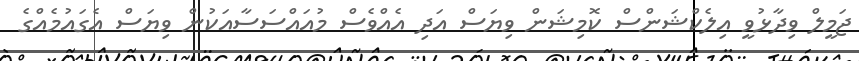
ޖަމީލް ވިދާޅުވީ އިލެކްޝަންސް ކޮމިޝަން ވިޔަސް އަދި އެއްވެސް މުއައްސަސާއަކުން ވިޔަސް އެގައުމެއްގެ